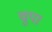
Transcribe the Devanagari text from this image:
चुपा